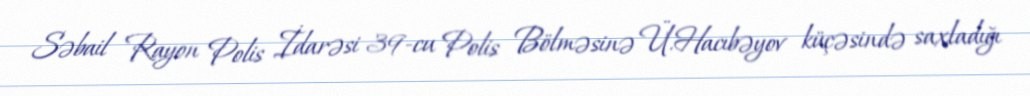
Səbail Rayon Polis İdarəsi 39-cu Polis Bölməsinə Ü.Hacıbəyov küçəsində saxladığı